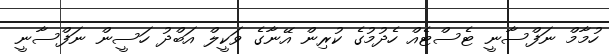
ހުމާމް ނަފްސާނީ ޓެސްޓެއް ހެދުމުގެ ކުރިން އޭނާގެ ވަކީލް އަބްދު ހަސީން ނަފްސާނީ